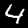
Digit: 4